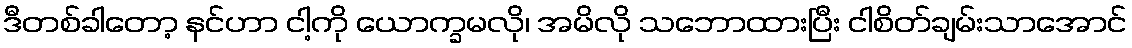
ဒီတစ်ခါတော့ နင်ဟာ ငါ့ကို ယောက္ခမလို၊ အမိလို သဘောထားပြီး ငါစိတ်ချမ်းသာအောင်